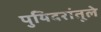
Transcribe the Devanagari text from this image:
पुयिदरांतूले